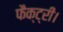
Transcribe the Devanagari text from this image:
फैक्ट्री।